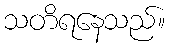
သတိရနေသည်။